Civil Veterinary Department ledger series I-VI
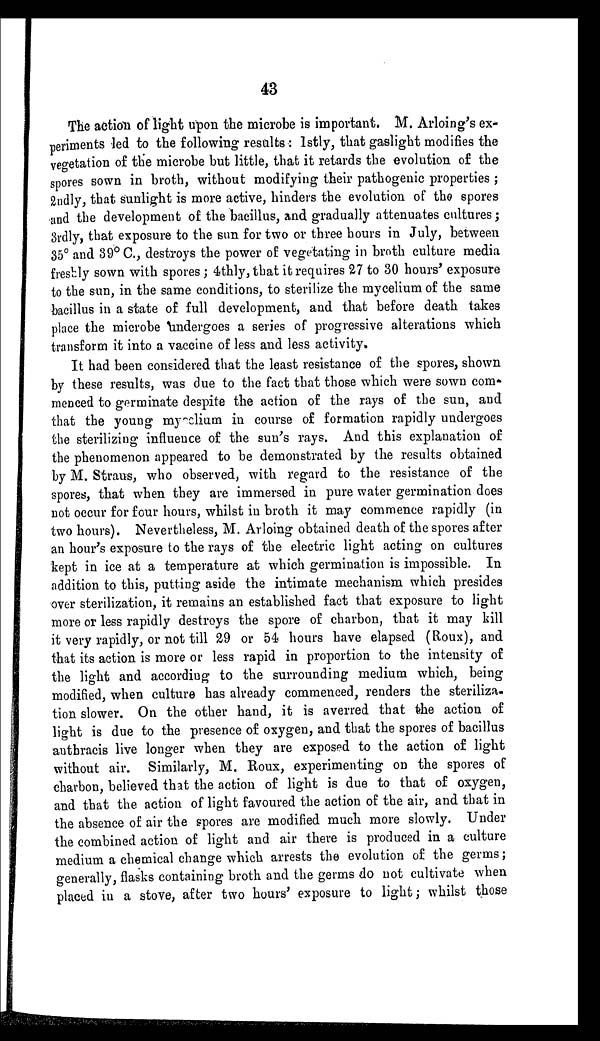
43
The action of light upon the microbe is important. M. Arloing's ex-
periments led to the following results: Istly, that gaslight modifies the
vegetation of the microbe but little, that it retards the evolution of the
spores sown in broth, without modifying their pathogenic properties;
2ndly, that sunlight is more active, hinders the evolution of the spores
and the development of the bacillus, and gradually attenuates cultures;
3rdly, that exposure to the sun for two or three hours in July, between
35º and 39º C., destroys the power of vegetating in broth culture media
freshly sown with spores; 4thly, that it requires 27 to 30 hours' exposure
to the sun, in the same conditions, to sterilize the mycelium of the same
bacillus in a state of full development, and that before death takes
place the microbe undergoes a series of progressive alterations which
transform it into a vaccine of less and less activity.
It had been considered that the least resistance of the spores, shown
by these results, was due to the fact that those which were sown com-
menced to germinate despite the action of the rays of the sun, and
that the young mycelium in course of formation rapidly undergoes
the sterilizing influence of the sun's rays. And this explanation of
the phenomenon appeared to be demonstrated by the results obtained
by M. Straus, who observed, with regard to the resistance of the
spores, that when they are immersed in pure water germination does
not occur for four hours, whilst in broth it may commence rapidly (in
two hours). Nevertheless, M. Arloing obtained death of the spores after
an hour's exposure to the rays of the electric light acting on cultures
kept in ice at a temperature at which germination is impossible. In
addition to this, putting aside the intimate mechanism which presides
over sterilization, it remains an established fact that exposure to light
more or less rapidly destroys the spore of charbon, that it may kill
it very rapidly, or not till 29 or 54 hours have elapsed (Roux), and
that its action is more or less rapid in proportion to the intensity of
the light and according to the surrounding medium which, being
modified, when culture has already commenced, renders the steriliza-
tion slower. On the other hand, it is averred that the action of
light is due to the presence of oxygen, and that the spores of bacillus
autbracis live longer when they are exposed to the action of light
without air. Similarly, M. Roux, experimenting on the spores of
charbon, believed that the action of light is due to that of oxygen,
and that the action of light favoured the action of the air, and that in
the absence of air the spores are modified much more slowly. Under
the combined action of light and air there is produced in a culture
medium a chemical change which arrests the evolution of the germs;
generally, flasks containing broth and the germs do not cultivate when
placed in a stove, after two hours' exposure to light; whilst those